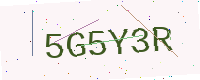
Text: 5G5Y3R